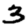
Digit: 3